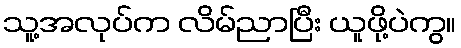
သူ့အလုပ်က လိမ်ညာပြီး ယူဖို့ပဲကွ။